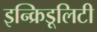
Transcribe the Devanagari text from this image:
इन्क्रिडूलिटी